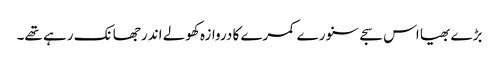
بڑے بھیا اس سجے سنورے کمرے کا دروازہ کھولے اندر جھانک رہے تھے۔